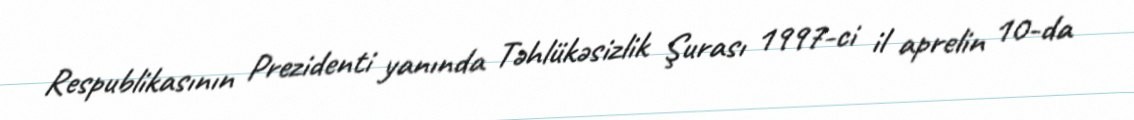
Respublikasının Prezidenti yanında Təhlükəsizlik Şurası 1997-ci il aprelin 10-da